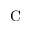
\mathrm C